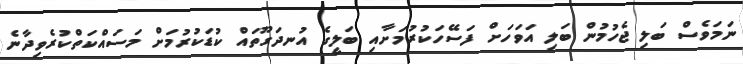
ނަމަވެސް ބަލި ޖެހުމުން ބަލި އަވަހަށް ފަސޭހަކުރުމަށާއި ބަލީގެ އުނދަގޫތައް ކުޑަކުރުމަށް މަސައްކަތްކުރެވިދާނެ